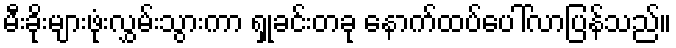
မီးခိုးများဖုံးလွှမ်းသွားကာ ရှုခင်းတခု နောက်ထပ်ပေါ်လာပြန်သည်။